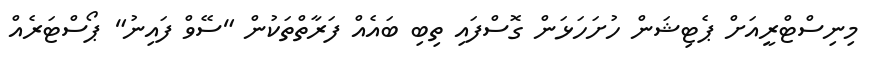
މިނިސްޓްރީއަށް ޕެޓިޝަން ހުށަހަޅަން ގޮސްފައި ތިބި ބައެއް ފަރާތްތަކުން "ސޭވް ފައިނު" ޕޯސްޓަރެއް